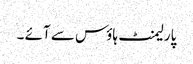
پارلیمنٹ ہاؤس سے آئے ۔